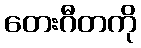
တေးဂီတကို